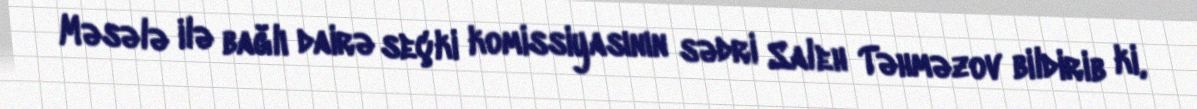
Məsələ ilə bağlı dairə seçki komissiyasının sədri Saleh Təhməzov bildirib ki,